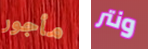
مأجور ونتر